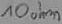
Text: 10ohm